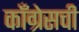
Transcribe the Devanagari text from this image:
कॉँग्रेसची